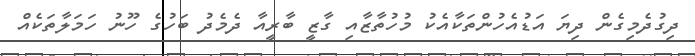
ދިގުދެމިގެން ދިޔަ އަޑުއެހުންތަކާއެކު މުހުތާޒާއި ގާޒީ ބާރީއާ ދެމެދު ބަހުގެ ހޫނު ހަމަލާތަކެއް